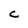
Character: C